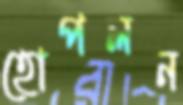
হোপলন